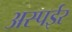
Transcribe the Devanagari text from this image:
अस्पईर